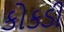
કોકડી